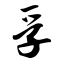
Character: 孚